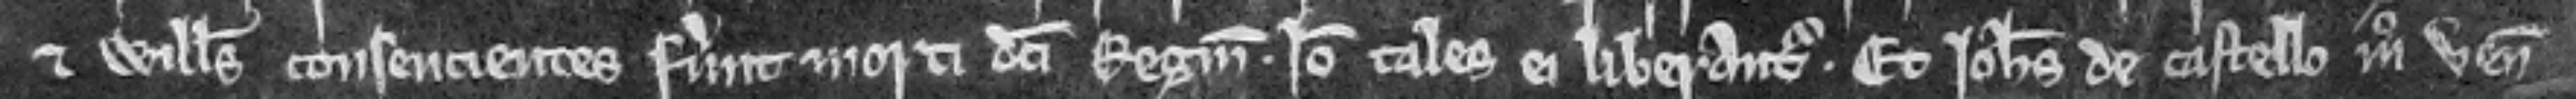
et Willelmus consencientes fuerunt morti dicti Reginaldi. Ideo tales ei liberantur. Et Johannes de Castello modo venit